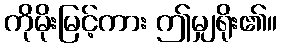
ကိုမိုးမြင့်ကား ဤမျှရိုး၏။